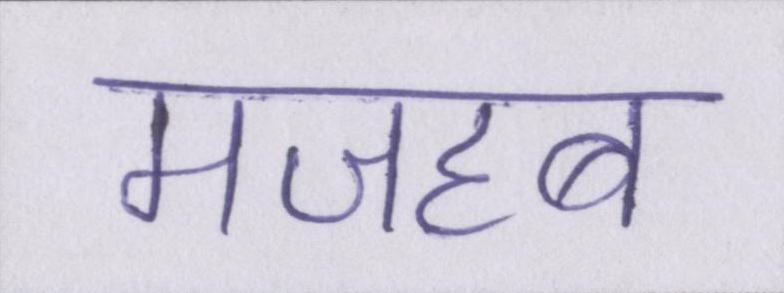
मजहब